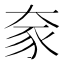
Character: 𫯦